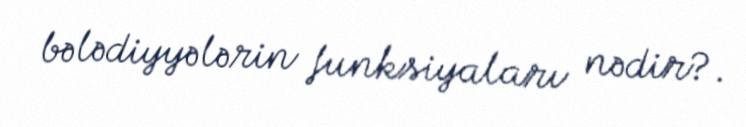
bələdiyyələrin funksiyaları nədir?.